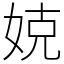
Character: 娔